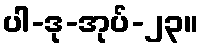
ပါ-ဒု-အုပ်-၂၃။